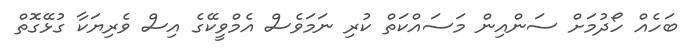
ބަހެއް ހޯދުމަށް ސަންއިން މަސައްކަތް ކުރި ނަމަވެސް އެމްވީކޭގެ އިސް ވެރިޔަކާ ގުޅޭގޮތް